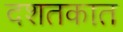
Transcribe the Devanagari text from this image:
दशतकात